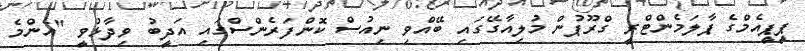
ޕީޕީއެމްގެ ޕާލަމެންޓްރީ ގްރޫޕުން މުލިއާގޭގައި ބޭއްވި ނިއުސް ކޮންފަރެންސްގައި އަދީބު ވިދާޅުވީ "އެންމެ